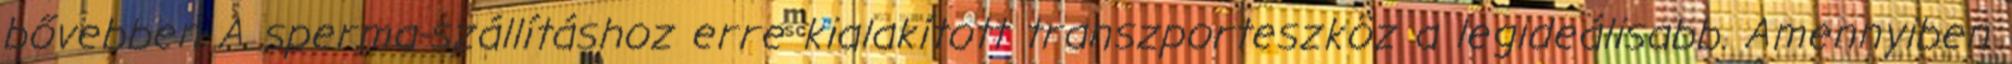
bővebben A sperma-szállításhoz erre kialakított transzporteszköz a legideálisabb. Amennyiben